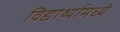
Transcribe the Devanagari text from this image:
विद्यार्थ्यामध्ये